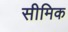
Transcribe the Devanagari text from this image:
सीमिक